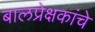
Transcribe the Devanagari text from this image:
बालप्रेक्षकांचे